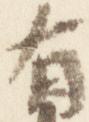
有